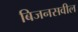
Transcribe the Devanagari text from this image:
बिजनसवील